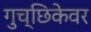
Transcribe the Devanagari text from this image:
गुच्छिकेवर